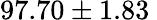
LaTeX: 97.70\pm 1.83\